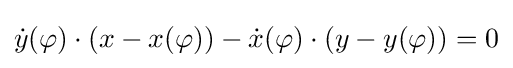
{\dot {y}}(\varphi )\cdot (x-x(\varphi ))-{\dot {x}}(\varphi )\cdot (y-y(\varphi ))=0